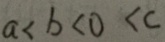
a < b < 0 < c